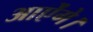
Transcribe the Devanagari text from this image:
आऐंगे।